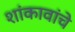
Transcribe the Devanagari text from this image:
शांकावांचे